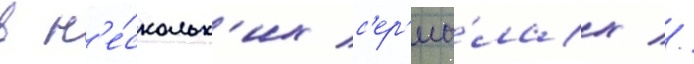
в н'е́скольк'их с'ер'иа́лах //